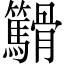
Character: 𬴓